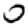
Digit: 0